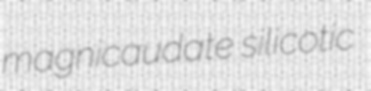
magnicaudate silicotic